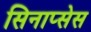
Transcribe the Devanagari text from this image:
सिनाप्सेस